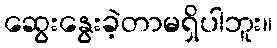
ဆွေးနွေးခဲ့တာမရှိပါဘူး။